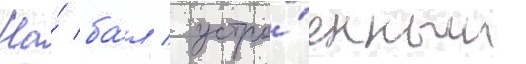
На́ ба́л / устро́енным